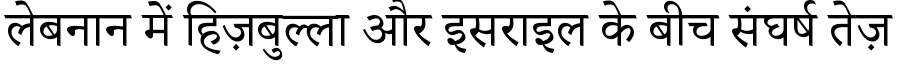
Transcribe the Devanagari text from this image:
लेबनान में हिज़बुल्ला और इसराइल के बीच संघर्ष तेज़